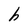
Character: h